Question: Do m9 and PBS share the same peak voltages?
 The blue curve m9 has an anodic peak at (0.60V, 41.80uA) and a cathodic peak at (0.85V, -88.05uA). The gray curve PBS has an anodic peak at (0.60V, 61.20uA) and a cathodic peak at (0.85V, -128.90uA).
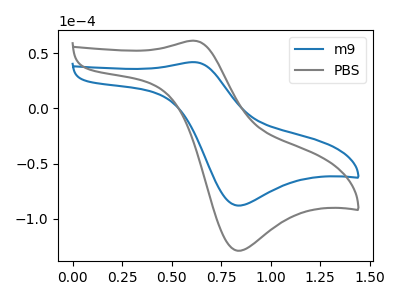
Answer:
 <answer>Yes, "m9" have a peak in "PBS" at the same potential.</answer>
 <eval>match</eval>